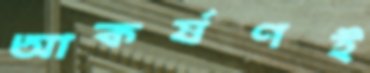
আকর্ষণই